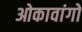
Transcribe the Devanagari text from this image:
ओकावांगो